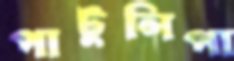
পাটুলিপা